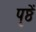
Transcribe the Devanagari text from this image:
पृष्ठें